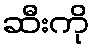
ဆီးကို